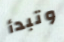
وتبدأ